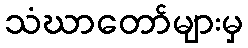
သံဃာတော်များမှ